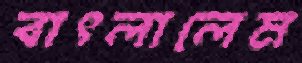
বাৎলালেম